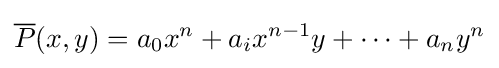
{\overline {P}}(x,y)=a_{0}x^{n}+a_{i}x^{n-1}y+\cdots +a_{n}y^{n}